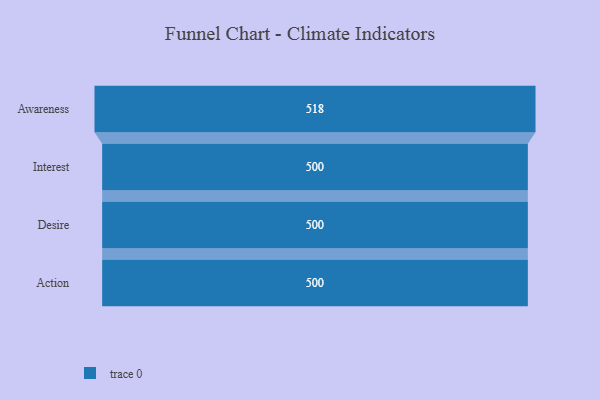
{"axis": {"x": "Stage", "y": "Value"}, "legend": [""], "data": [{"x": "Awareness", "y": 518.0, "type": ""}, {"x": "Interest", "y": 500, "type": ""}, {"x": "Desire", "y": 500, "type": ""}, {"x": "Action", "y": 500, "type": ""}]}